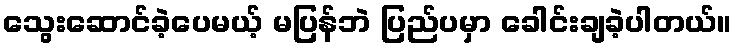
သွေးဆောင်ခဲ့ပေမယ့် မပြန်ဘဲ ပြည်ပမှာ ခေါင်းချခဲ့ပါတယ်။